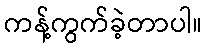
ကန့်ကွက်ခဲ့တာပါ။